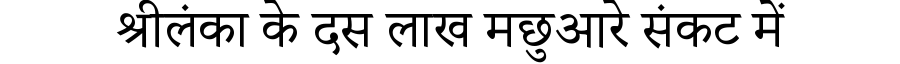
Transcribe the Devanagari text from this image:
श्रीलंका के दस लाख मछुआरे संकट में